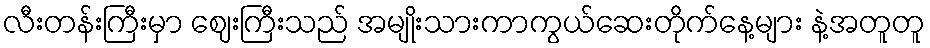
လီးတန်းကြီးမှာ ဈေးကြီးသည် အမျိုးသားကာကွယ်ဆေးတိုက်နေ့များ နဲ့အတူတူ